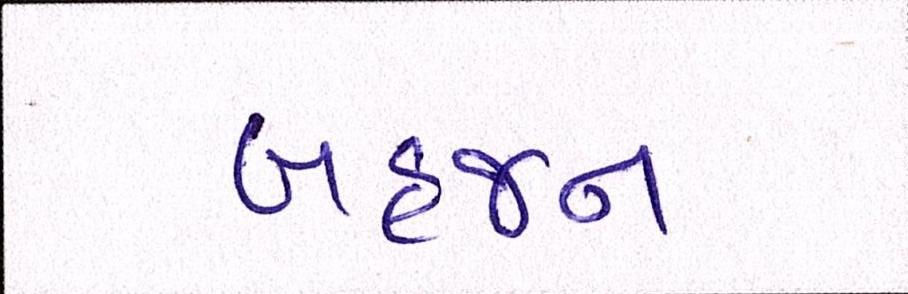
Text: બહજન